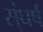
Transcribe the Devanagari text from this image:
स्ंघर्ष